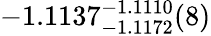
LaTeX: -1.1137_{-1.1172}^{-1.1110}(8)